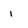
Character: i